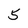
Character: 5